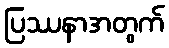
ပြဿနာအတွက်